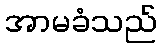
အာမခံသည်